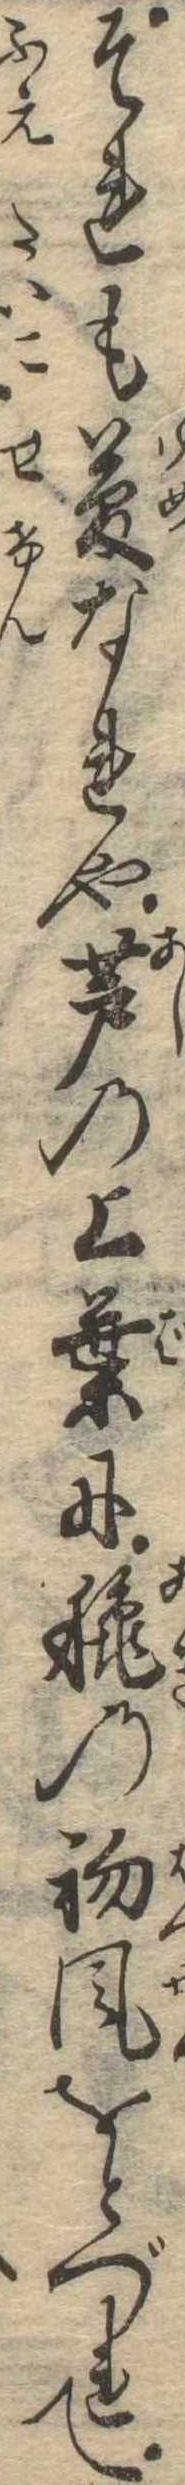
それも夢なれや芦の上葉に秋の初風をとづれて